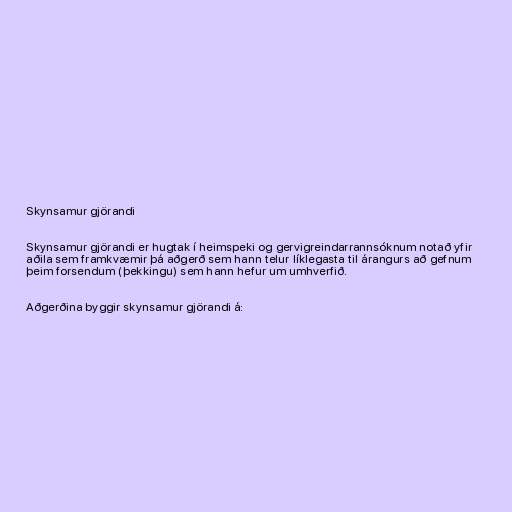
Skynsamur gjörandi

Skynsamur gjörandi er hugtak í heimspeki og gervigreindarrannsóknum notað yfir
aðila sem framkvæmir þá aðgerð sem hann telur líklegasta til árangurs að gefnum
þeim forsendum (þekkingu) sem hann hefur um umhverfið.

Aðgerðina byggir skynsamur gjörandi á: